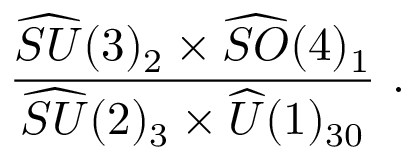
\frac { \widehat { S U } ( 3 ) _ { 2 } \times \widehat { S O } ( 4 ) _ { 1 } } { \widehat { S U } ( 2 ) _ { 3 } \times \widehat { U } ( 1 ) _ { 3 0 } } ~ .